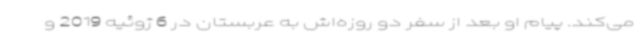
می‌کند. پیام او بعد از سفر دو روزه‌اش به عربستان در 6 ژوئیه 2019 و